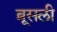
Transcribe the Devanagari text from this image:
ब्रूसली